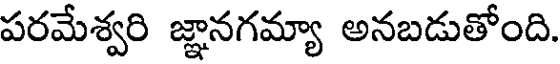
పరమేశ్వరి జ్ఞానగమ్యా అనబడుతోంది.